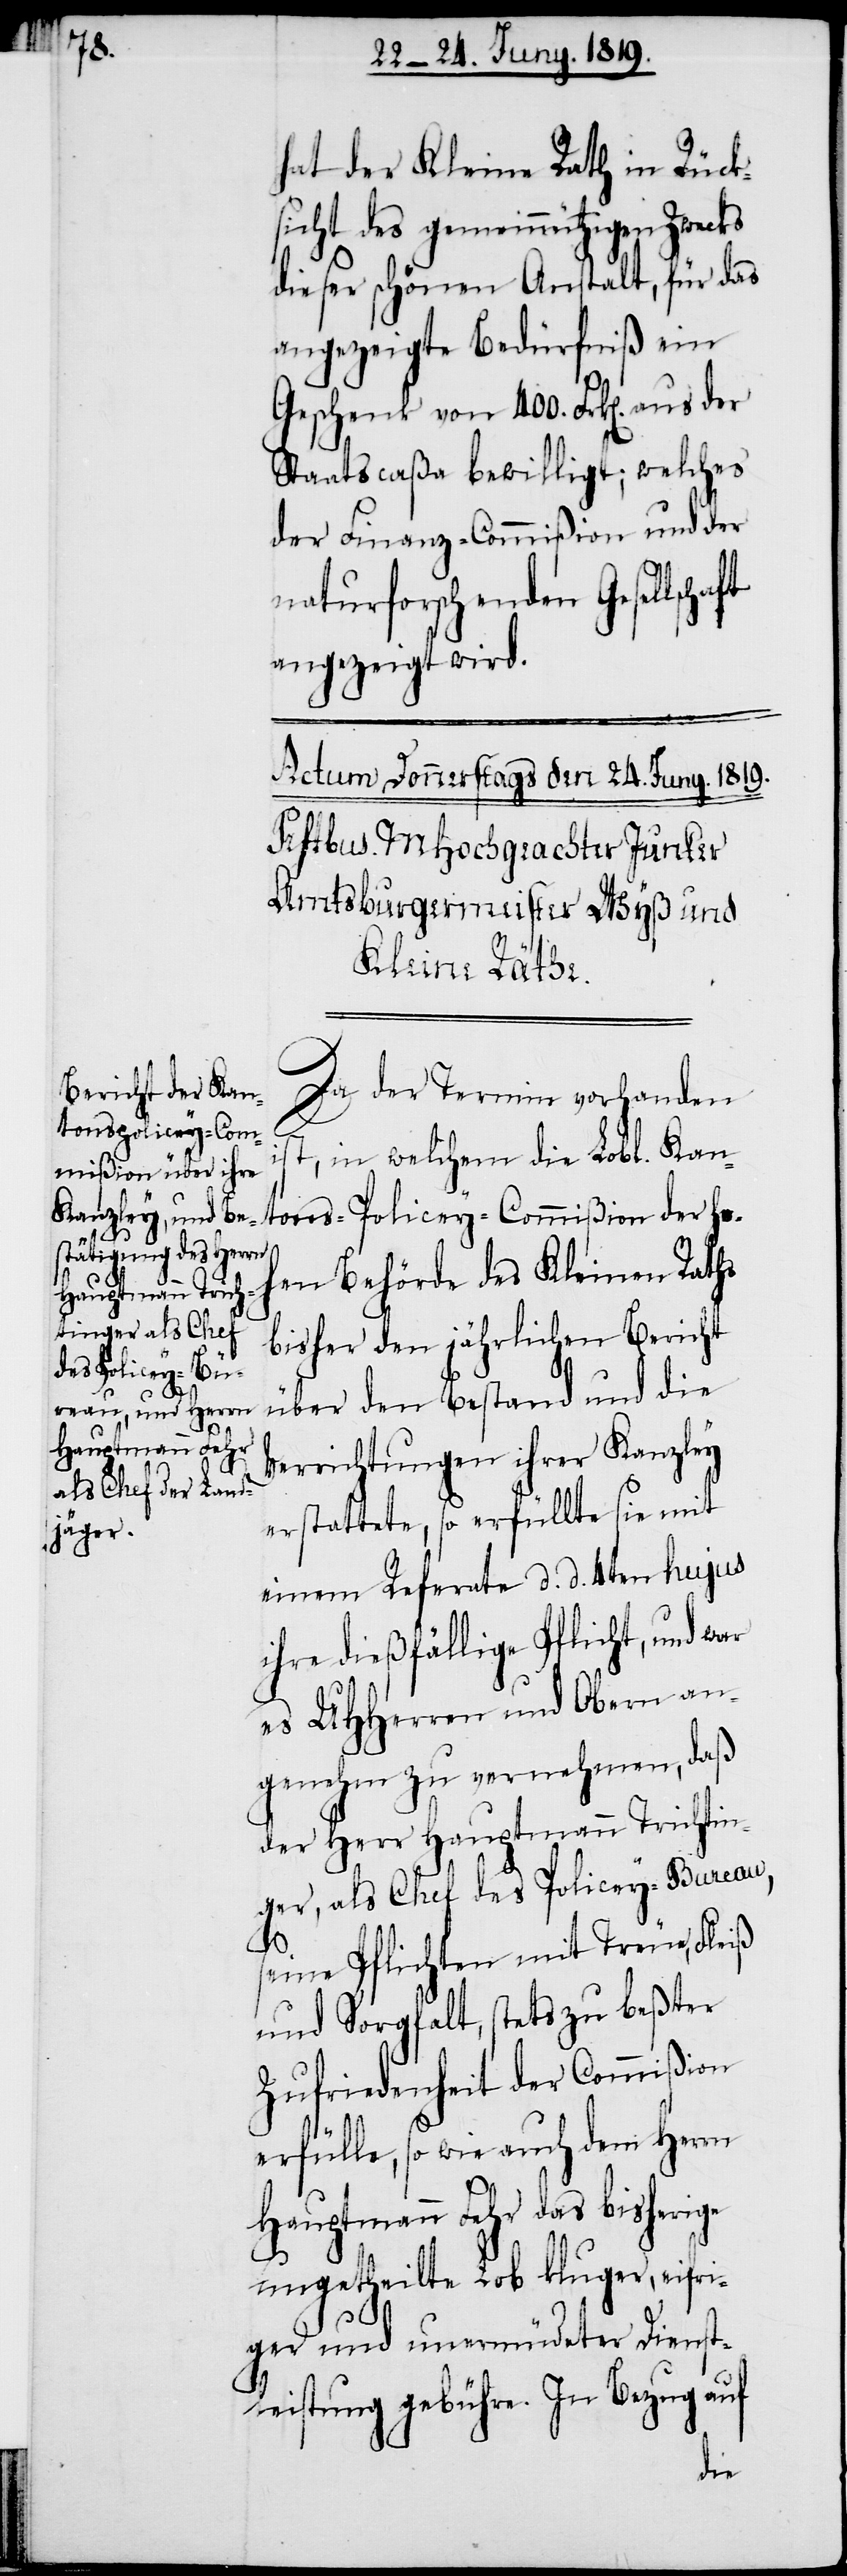
hat der Kleine Rath in Rück¬
sicht des gemeinnützigen Zweck
dieser schönen Anstalt, für das
angezeigte Bedürfniß ein
Geschenk von 400. Frk[en]. aus
Staatscaßa bewilligt; welches
der Finanz-Commißion und der
naturforschenden Gesellscha¬
angezeigt wird.
Da der Termin vorhanden
ge
tons-Policey-Com¬
t, in welchem die Lobl. Kan¬
mißion der ho¬
hen Behörde des Kleinen Raths
bisher den jährlichen Bericht
über den Bestand und die
Verrichtungen ihrer Kanzley
erstattete, so erfüllte sie mit
einem Referate d. d. 4ten hujus
ihre dießfällige Pflicht, und war
es UHHerren und Obern an¬
genehm zu vernehmen, daß
der Herr Hauptmann Trichtin¬
ger, als Chef des Policey-Bureau,
seine Pflichten mit Treue, Fleiß
und Sorgfalt, stets zu beßter
Zufriedenheit der Commißion
erfülle, so wie auch dem Herrn
Hauptmann Fehr das bisheri¬
ungetheilte Lob kluger, eifri¬
ger und unermüdeter Dienst¬
leistung gebühre. In Bezug auf